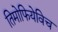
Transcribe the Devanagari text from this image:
तिमोफियेविच